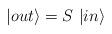
LaTeX: \begin{align*}|out \rangle = S~| in \rangle \end{align*}